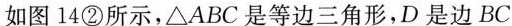
如图14②所示，△ABC是等边三角形，D是边BC